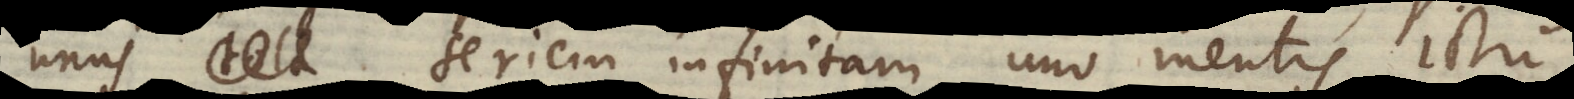
unus tota seriem infinitam uno mentis ictu